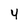
Character: 4